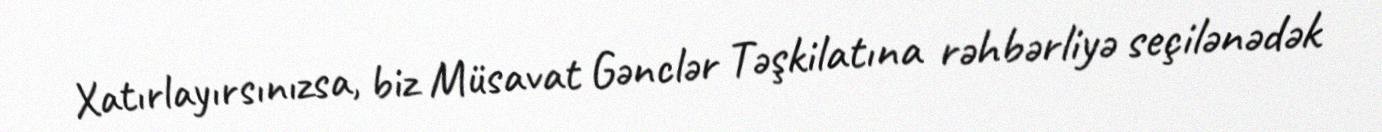
Xatırlayırsınızsa, biz Müsavat Gənclər Təşkilatına rəhbərliyə seçilənədək